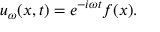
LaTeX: u _ { \omega } ( x , t ) = e ^ { - i \omega t } f ( x ) .